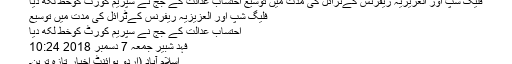
فلیگ شپ اور العزیزیہ ریفرنس کےٹرائل کی مدت میں توسیع احتساب عدالت کے جج نے سپریم کورٹ کوخط لکھ دیا
فلیگ شپ اور العزیزیہ ریفرنس کےٹرائل کی مدت میں توسیع
احتساب عدالت کے جج نے سپریم کورٹ کوخط لکھ دیا
فہد شبیر جمعہ 7 دسمبر 2018 10:24
اسلام آباد (اُردو پوائنٹ اخبار تازہ ترین۔